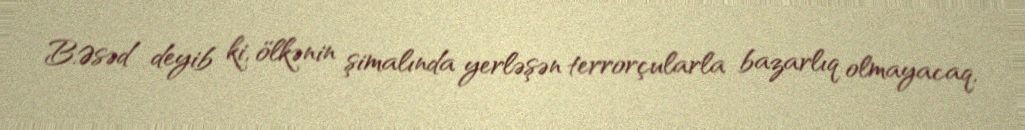
B.Əsəd deyib ki, ölkənin şimalında yerləşən terrorçularla bazarlıq olmayacaq,